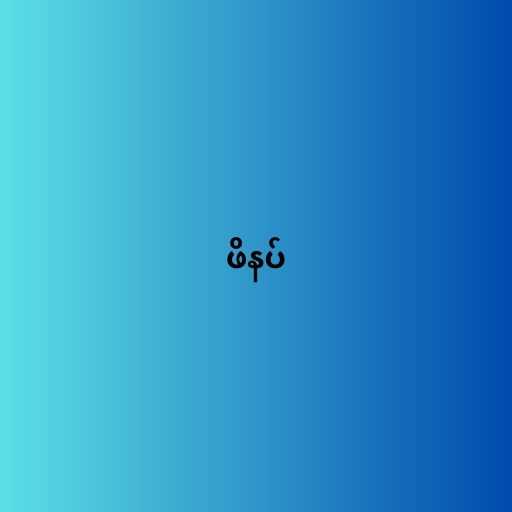
ဖိနပ်